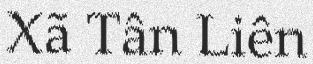
Xã Tân Liên